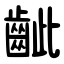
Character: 齜